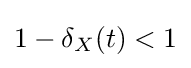
1-\delta _{X}(t)<1